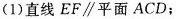
(1)直线EF\parallel平面ACD；